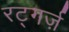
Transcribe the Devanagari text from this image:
रट्गर्ज़